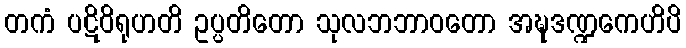
တကံ ပဋိဝိရုဟတိ ဥပ္ပတိတော သုလဘဘာဝတော အဍ္ဎဒဏ္ဍကေဟိပိ